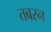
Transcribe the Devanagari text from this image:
तबरन